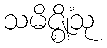
သမိဇ္ဈိံသု